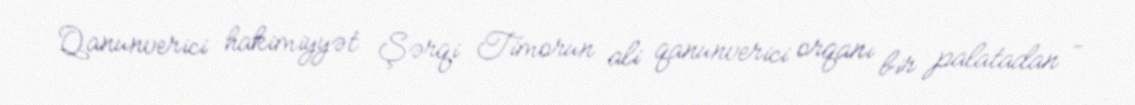
Qanunverici hakimiyyət Şərqi Timorun ali qanunverici orqanı bir palatadan –